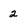
Character: 2